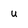
Character: u